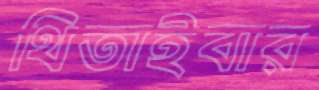
থিতাইবার